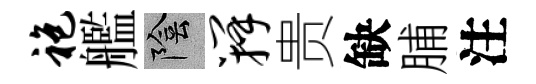
袍艦陰瓣贵缺脯注